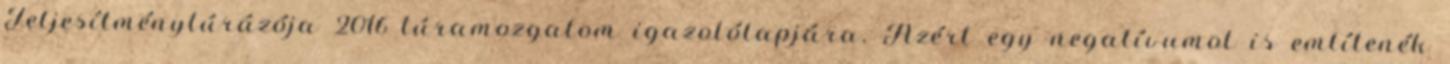
Teljesítménytúrázója 2016 túramozgalom igazolólapjára. Azért egy negatívumot is említenék